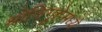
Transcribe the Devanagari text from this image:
श्रोणिगुहेमध्ये